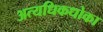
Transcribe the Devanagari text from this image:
अत्यधिकधोका